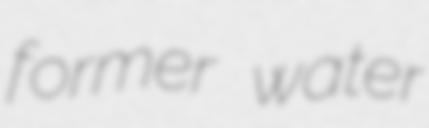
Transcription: former water